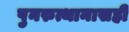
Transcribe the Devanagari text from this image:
पुनरुत्थानासही